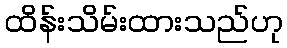
ထိန်းသိမ်းထားသည်ဟု